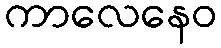
ကာလေနေဝ